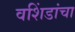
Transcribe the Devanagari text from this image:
वशिंडांचा